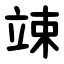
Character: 竦